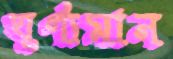
ঘূর্ণ্যমান